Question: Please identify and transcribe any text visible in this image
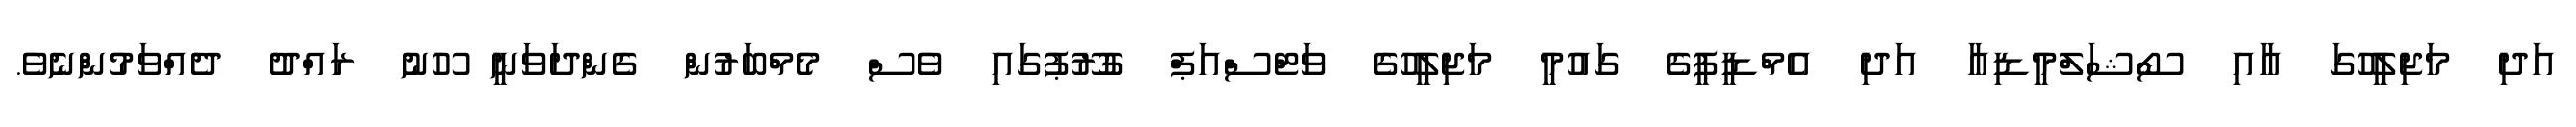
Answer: އަދި މަޖިލީހުގަ އާއި ސޯޝަލްމީޑިއާ އަދި އެމްޑީޕީގެ ގައުމީ މަޖިލީހުގެ ވަޓްސްއަޕް ގުރޫޕުގައި ވެސް މެމްބަރުން ގެންދަވަނީ ހޫނު ރައްދު ދެއްވަމުންނެވެ.